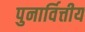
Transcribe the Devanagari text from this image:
पुनार्वित्तीय